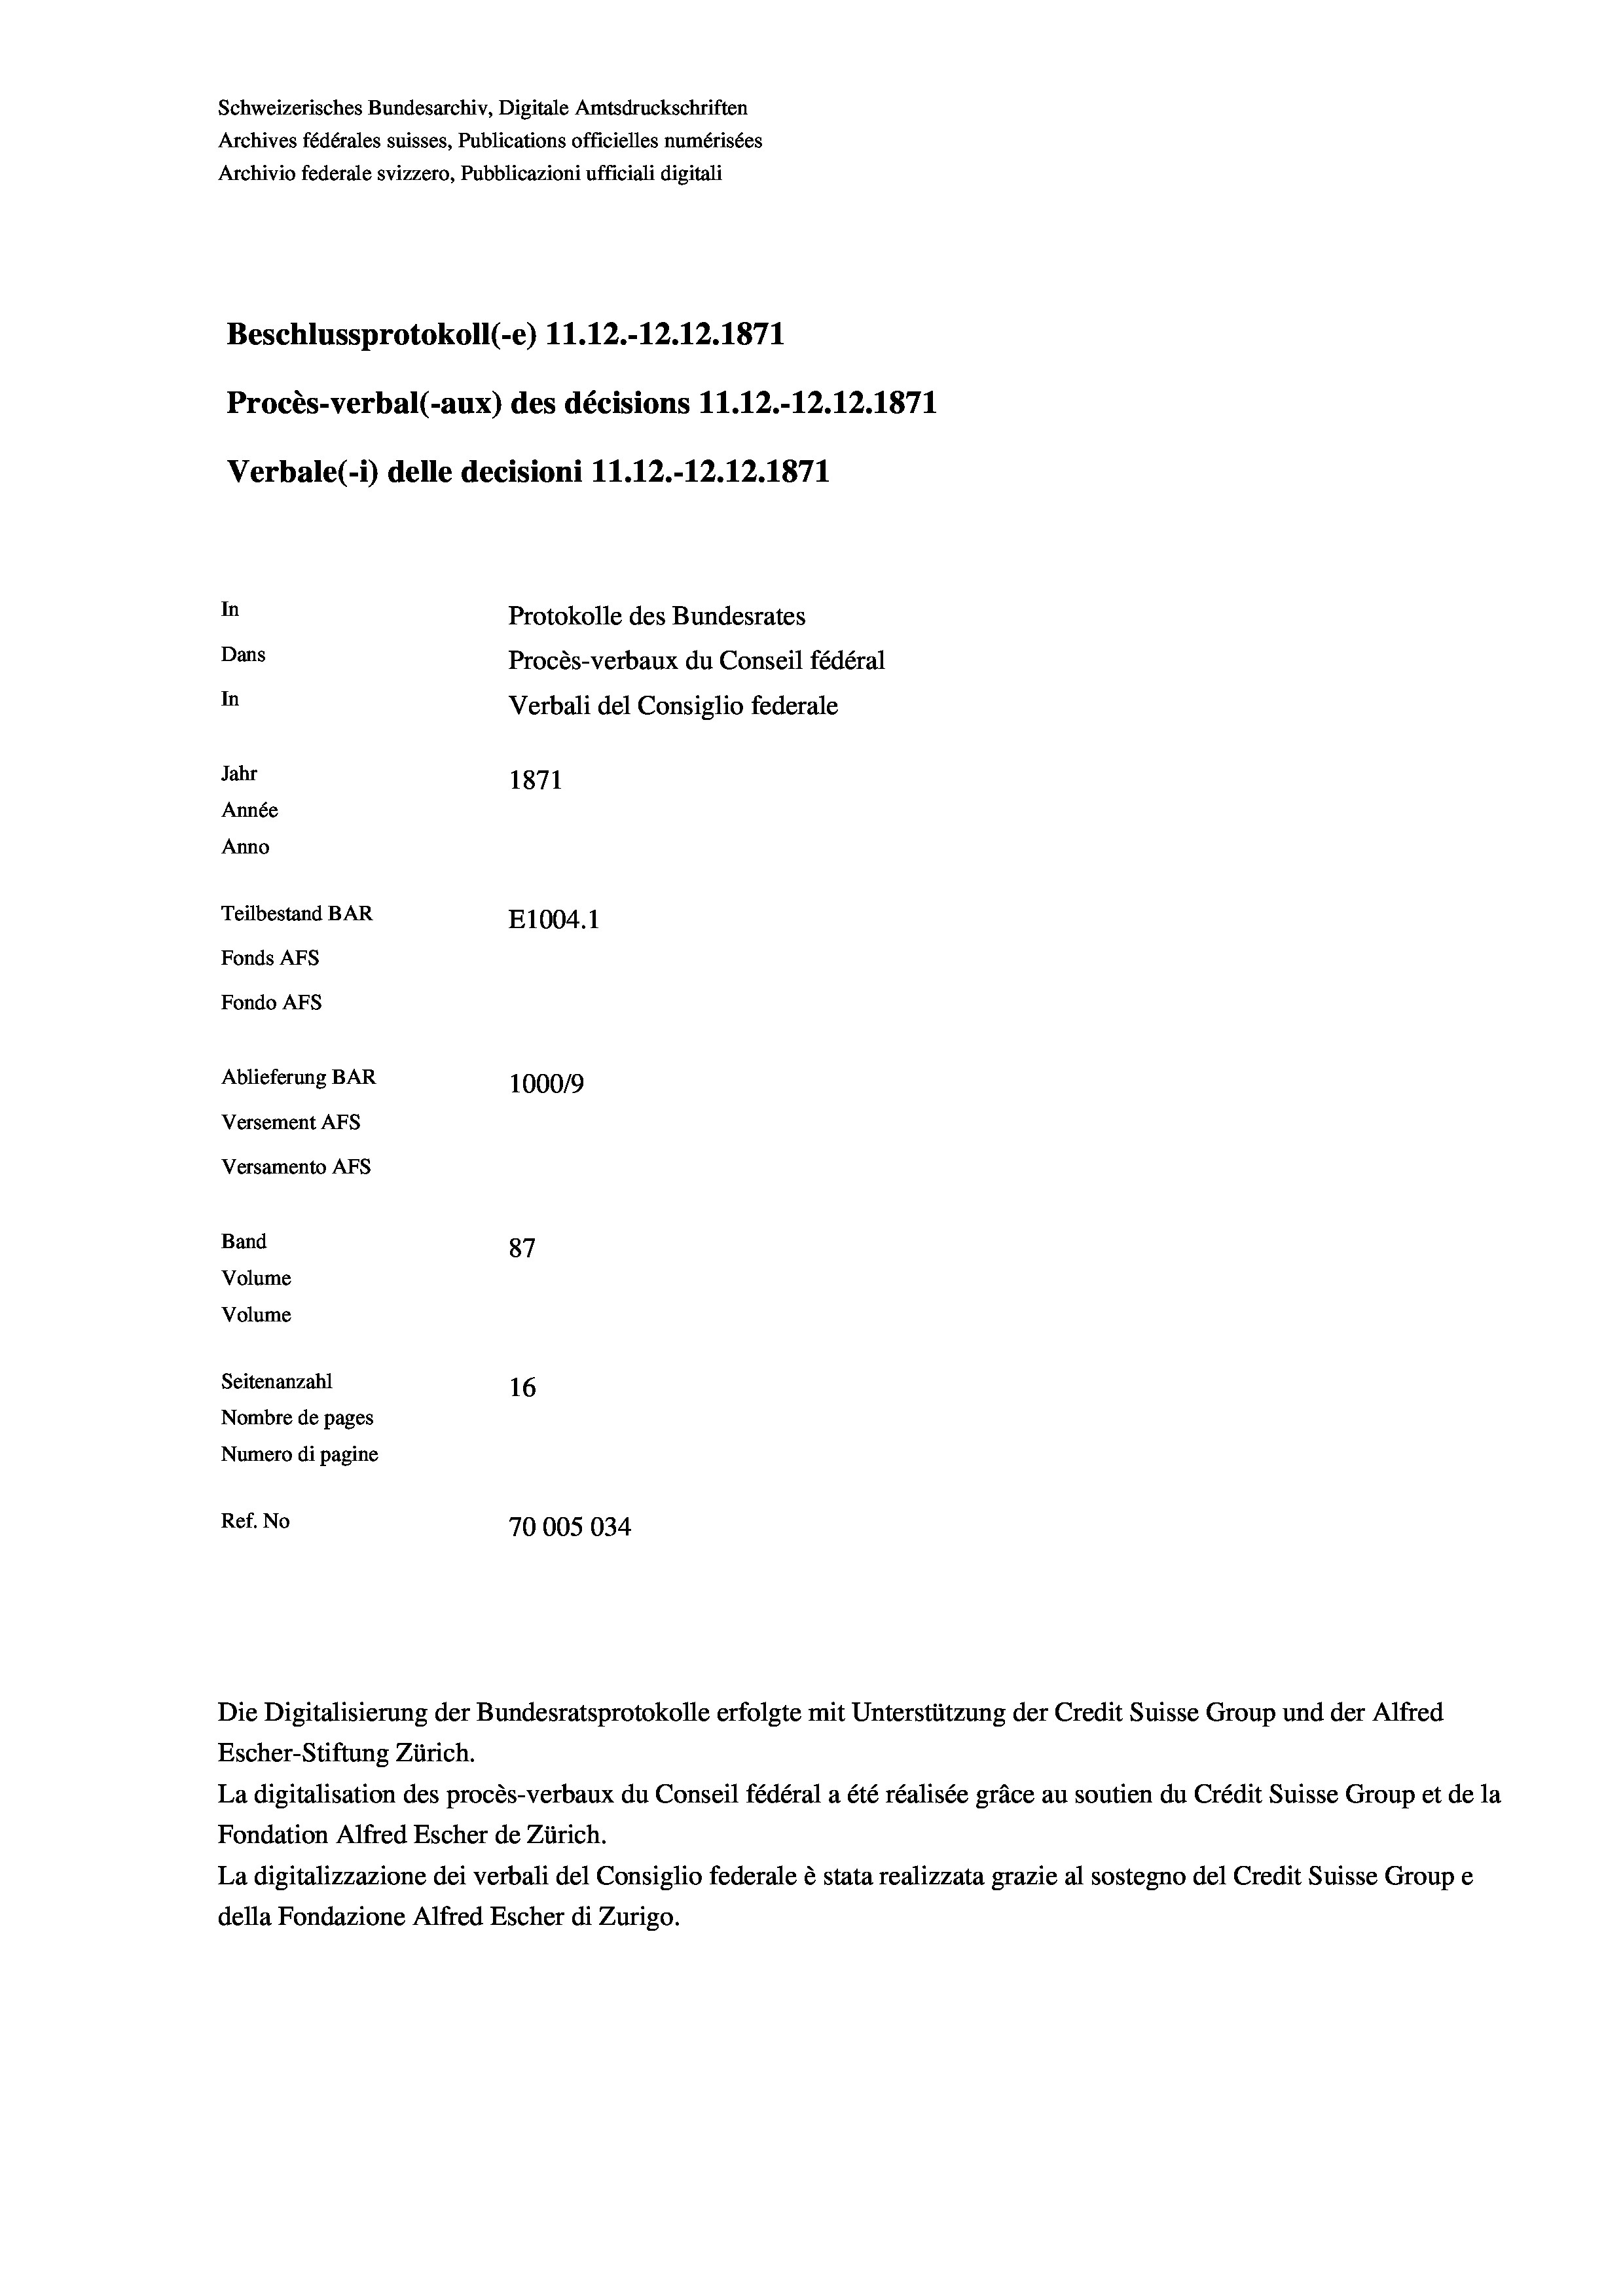
Schweizerisches Bundesarchiv, Digitale Amtsdruckschriften
Archives fédérales suisses, Publications officielles numérisées
Archivio federale svizzero, Pubblicazioni ufficiali digitali
Beschlussprotokoll (-e) 11.12.-12.12.1871
Procès-verbal (-aux) des décisions 11.12.-12.12.1871
Verbale(*) delle decisioni 11.12.-12.12.1871
In
Protokolle des Bundesrates
Dans
Procès-verbaux du Conseil fédéral
In
Verbali del Consiglio federale
Jahr
1871
Année
Anno
Teilbestand BAR
E1004.1
Fonds AFs
Fondo AFs
Ablieferung BAR
100019
Versement AFs
Versamento AFs
Band
87
Volume
Volume

Seitenanzahl
16
Nombre de pages
Numero di pagine
Ref. No
70005034

Die Digitalisierung der Bundesratsprotokolle erfolgte mit Unterstützung der Credit Suisse Group und der Alfred
Escher-Stiftung Zürich.
La digitalisation des procès-verbaux du Conseil fédéral a été réalisée gräce au soutien du Crédit Suisse Group et de la
Fondation Alfred Escher de Zürich.
La digitalizzazione dei verbali del Consiglio federale è stata realizzata grazie al sostegno del Credit Suisse Groupe
della Fondazione Alfred Escher di Zurigo.